Mental hospitals Bombay report 1929-33 - 1929-1933
Year: 1929
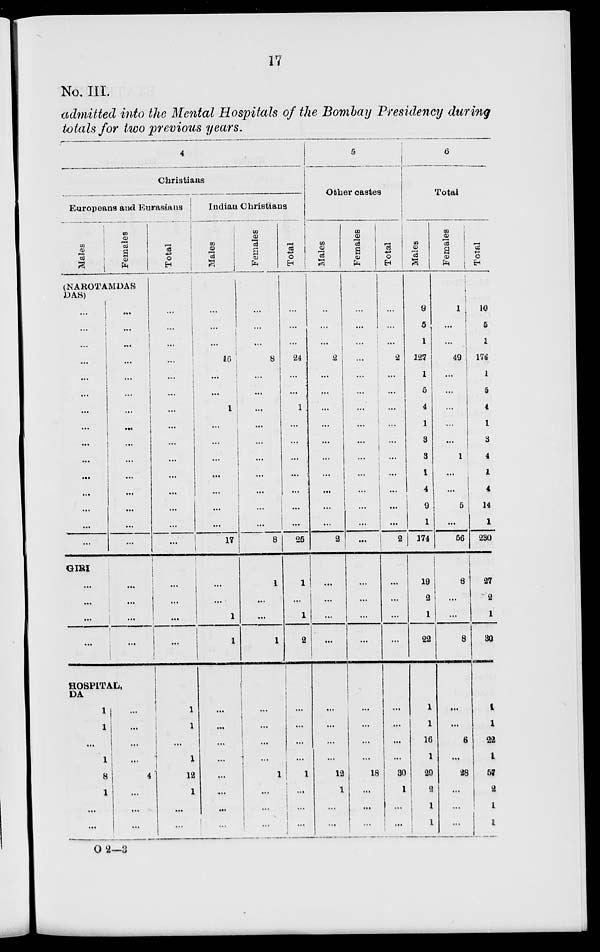
17
No. III.
admitted into the Mental Hospitals of the Bombay Presidency during
totals for two previous years.
4
Christians
Europeans and Eurasians
Males
Females
(NAROTAMDAS
DAS)
...
...
...
...
...
...
...
...
...
...
...
...
...
...
...
GIRI
...
...
...
...
...
...
...
...
...
...
...
...
...
...
...
...
...
...
...
...
...
...
...
HOSPITAL,
DA
1
1
...
1
8
1
...
...
...
...
...
...
4
...
...
...
Total
...
...
...
...
...
...
...
...
...
...
...
...
...
...
...
...
...
...
...
1
1
...
1
12
1
...
...
Indian Christians
Males
...
...
...
16
...
...
1
...
...
...
...
...
...
...
17
...
...
1
1
...
...
...
...
...
...
...
...
Females
...
...
...
8
...
...
...
...
...
...
...
...
...
...
8
1
...
...
1
...
...
...
...
1
...
...
...
Total
...
...
...
24
...
...
1
...
...
...
...
...
...
25
1
...
1
2
...
...
...
...
1
...
...
...
5
Other castes
Males
..
...
...
2
...
...
...
...
...
...
...
...
...
...
2
...
...
...
...
...
...
...
...
12
1
...
...
Females
...
...
...
..
...
...
...
...
...
...
...
...
...
...
...
...
...
...
...
...
...
...
...
18
...
...
...
Total
...
...
...
2
...
...
...
...
...
...
...
...
...
...
2
...
...
...
...
...
...
...
...
30
1
...
...
6
Total
Males
9
5
1
127
1
5
4
1
3
3
1
4
9
1
174
19
2
1
22
1
1
16
1
29
2
1
1
Females
1
...
...
49
...
...
...
...
...
1
...
...
5
...
56
8
...
...
8
...
...
6
...
28
...
...
...
Total
10
5
1
176
1
5
4
1
3
4
1
4
14
1
230
27
2
1
30
1
1
22
1
57
2
1
1
O 2—3